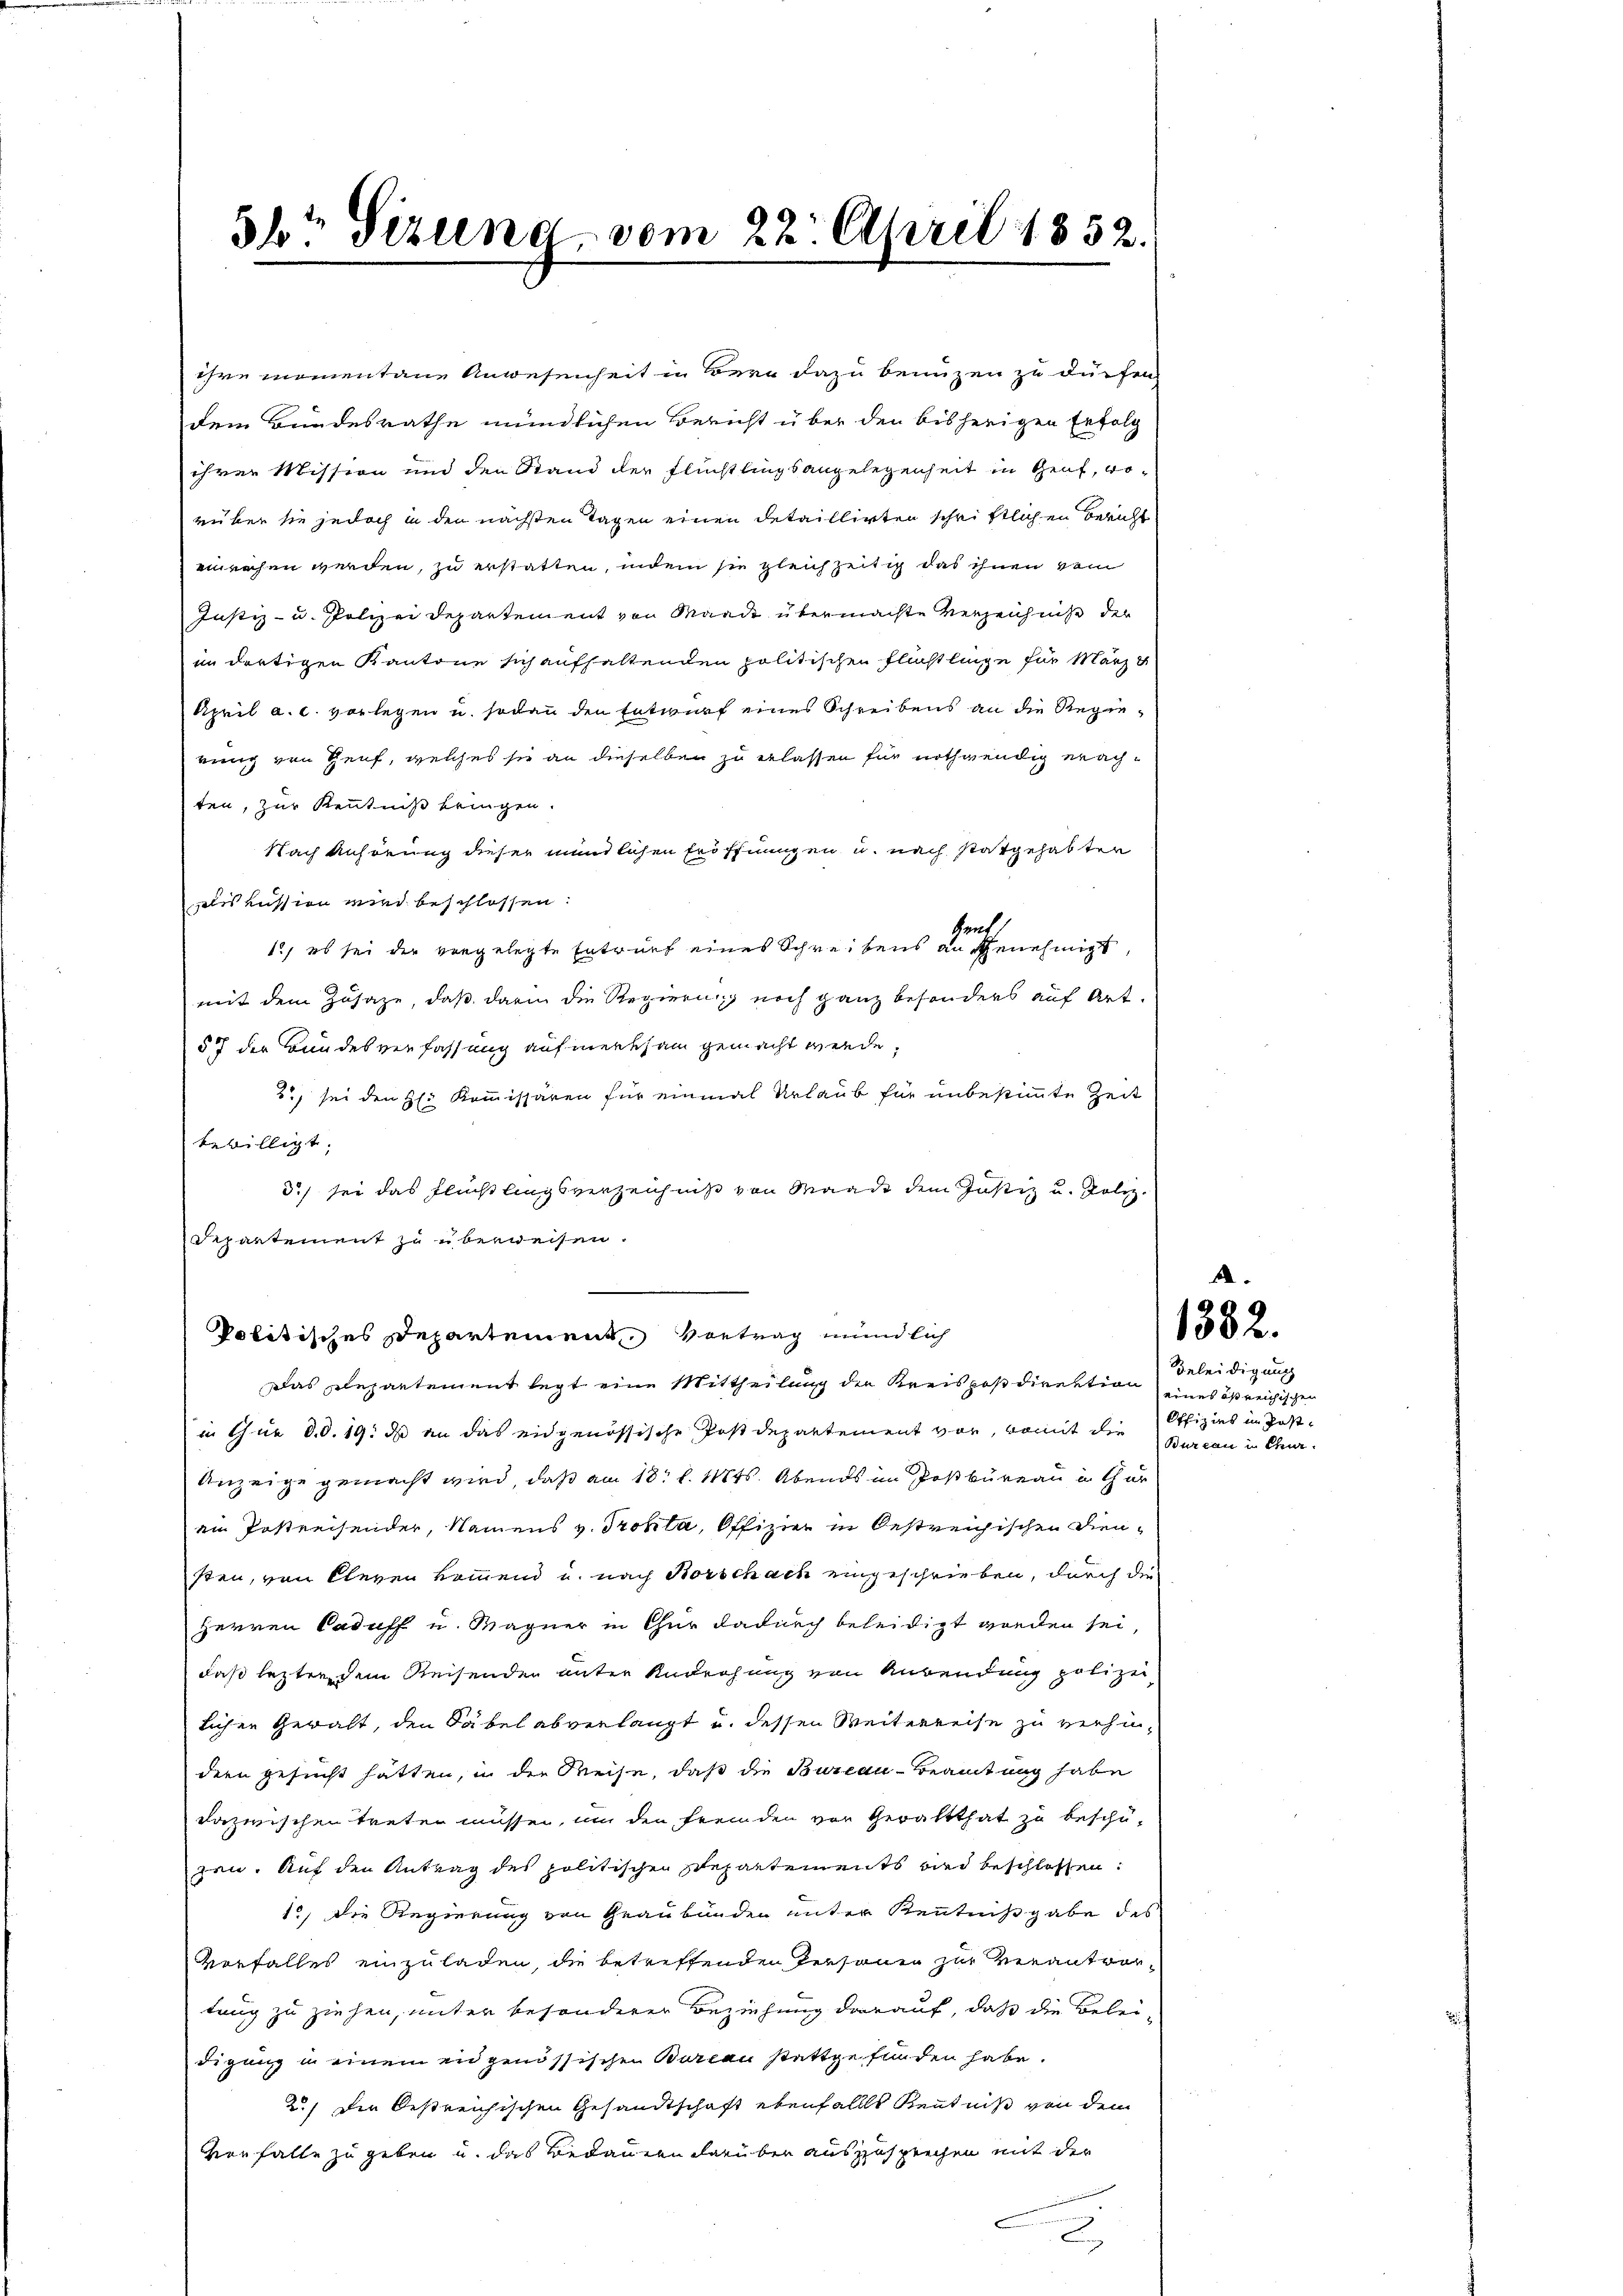
5r Sizung vom 22. April 1852.

ihre momentane Anwesenheit in Bern dazu benuzen zu dürfen
dem Bundesrathe mündlichen Bericht über den bisherigen Erfolg
ihrer Mission und den Stand der Flüchtlingsangelegenheit in Genf, worüber sie jedoch in den nächsten Tagen einen Detaillirten schriftlichen Bericht
enrechen werden, zu erstatten, indem sie gleichzeitig das ihnen vom
Justiz- u. Polizei Departement von Mande übermachte Verzeichnis der
im dortigen Kantone sich aufhaltenden politischen Flüchtlinge für März
April a. c. vorlegen u. sodann den Entwurf eines Schreibens an die Regierung von Genf, welches sie an dieselben zu erlassen für nothwendig machten, zur Kenntniß bringen.
Nach Anhörung dieser mündlichen Eröffnungen u. nach stattgehabten
iskussion wird beschlossen:
sent.
12, es sei der vorgelegte Entrich eines Schreibens an genehmigt,
mit dem Zusage, daß darin die Regierung noch ganz besonders auf Art.
57 der Bundesverfassung aufmerksam gemacht werde,
3) sei den H: Kommissären für einmal Urlaub für unbestimmte Zeit
bewilligt;
d) sei das Flüchtlingsverzeichniß von Waadt dem Justiz u. Poliz
Separtement zu überweisen.

Politisches Departement, Vortrag mündlich
Das Departement legt eine Mittheilung der Kreispostdirektion Beleidigung

in Gur d.d. 19. ds an das eidgenössische Postdepartement vor, womit die Offizies im Post-
Anzeige gemacht wird, daß am 18. d. Mts. Abends im Postbüreau in Gar
ein Postreisender, Namens v. Trotta, Offizier in bestreichischen Diensten, von Cleven kommend u. nach Borschach eingeschrieben, durch die
Herren Caduff u. Magner in Chur dadurch beleidigt worden sei
daß letzten dem Reisenden unter Androhung von Anwendung polizeilichen Gewalt, den Säbel abverlangt u. dessen Weiterreise zu verhindern gesucht hatten, in der Weise, daß die Bureau-Beamtung habe
dazwischen treten müssen, um den fremden vor Gewaltthat zu beschügen. Auf den Antrag des politischen Departements wird beschlossen:
12, die Regierung von Graubünden unter Kenntnißgabe das
Vorfalles einzuladen, die betreffenden Personen zur Verantwortung zu ziehen, unter besonderer Beziehung darauf, daß die Beleidigung in einem eidgenössischen Barten stattgefunden habe.
2.) Die bestreichischen Gesandtschaft ebenfalls Kenntniß von dem
Verfalle zu geben u. das Bedauern darüber auszusprechen mit der
x

eines östreichischen
Bureau in Char¬

1382.